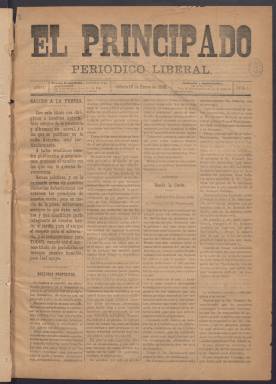
Título: El Principado (Oviedo)
Colección: Periódicos
Ámbito geográfico: Asturias
Lugar de publicación: Oviedo
Fechas: 14/01/1888-29/12/1888